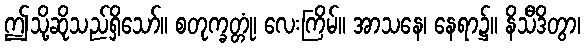
ဤသို့ဆိုသည်ရှိသော်။ စတုက္ခတ္တုံ၊ လေးကြိမ်။ အာသနေ၊ နေရာ၌။ နိသီဒိတွာ၊